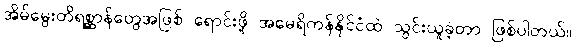
အိမ်မွေးတိရစ္ဆာန်တွေအဖြစ် ရောင်းဖို့ အမေရိကန်နိုင်ငံထဲ သွင်းယူခဲ့တာ ဖြစ်ပါတယ်။